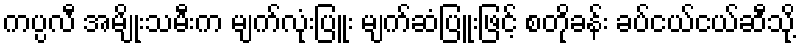
ကပ္ပလီ အမျိုးသမီးက မျက်လုံးပြူး မျက်ဆံပြူးဖြင့် စတိုခန်း ခပ်ငယ်ငယ်ဆီသို့